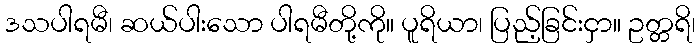
ဒသပါရမီ၊ ဆယ်ပါးသော ပါရမီတို့ကို။ ပူရိယာ၊ ပြည့်ခြင်းငှာ။ ဥတ္တရိ၊